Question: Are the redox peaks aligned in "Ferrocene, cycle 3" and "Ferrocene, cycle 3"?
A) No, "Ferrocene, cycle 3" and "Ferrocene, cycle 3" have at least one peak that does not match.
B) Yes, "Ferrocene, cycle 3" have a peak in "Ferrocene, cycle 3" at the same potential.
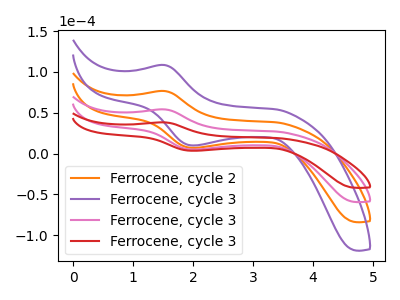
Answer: <think>The orange curve "Ferrocene, cycle 2" has an anodic peak at (1.50V, 108.50uA) and a cathodic peak at (2.05V, 10.05uA). The purple curve "Ferrocene, cycle 3" has an anodic peak at (1.50V, 162.70uA) and a cathodic peak at (2.05V, 15.05uA). The pink curve "Ferrocene, cycle 3" has an anodic peak at (1.50V, 54.25uA) and a cathodic peak at (2.05V, 5.00uA). The red curve "Ferrocene, cycle 3" has an anodic peak at (1.50V, 38.35uA) and a cathodic peak at (2.05V, 3.55uA).</think>
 <answer>B) Yes, "Ferrocene, cycle 3" have a peak in "Ferrocene, cycle 3" at the same potential.</answer>
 <eval>B</eval>